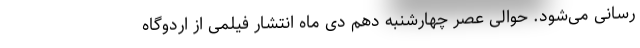
رسانی می‌شود. حوالی عصر چهارشنبه دهم دی ماه انتشار فیلمی از اردوگاه